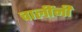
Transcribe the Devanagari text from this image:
चालींनी